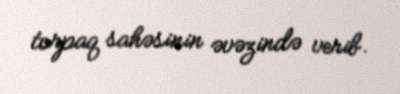
torpaq sahəsinin əvəzində verib.